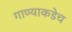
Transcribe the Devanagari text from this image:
गाण्याकडेच